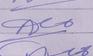
Signature authenticity: forged